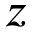
z